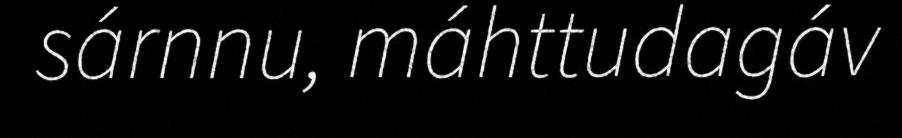
sárnnu, máhttudagáv